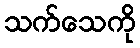
သက်သေကို